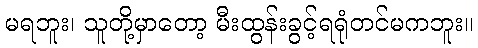
မရဘူး၊ သူတို့မှာတော့ မီးထွန်းခွင့်ရရုံတင်မကဘူး။